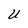
Character: U